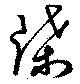
牒